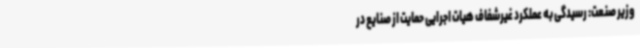
وزیر صنعت: رسیدگی به عملکرد غیرشفاف هیات اجرایی حمایت از صنایع در